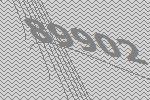
89902